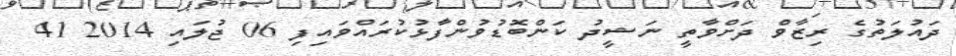
ދައުލަތުގެ ރިޒާވް ދަށްވާތީ ނަޝީދު ކަންބޮޑުވުންފާޅުކުރައްވައިފިި 06 ޖުލައި 2014 41